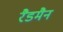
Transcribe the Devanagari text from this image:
रैडमैन